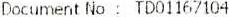
DOCUMENT NO : TD01167104